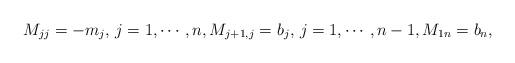
LaTeX: \begin{align*}M_{jj}=-m_j, \, j=1, \cdots, n, M_{j+1,j}=b_j, \, j=1, \cdots , n-1, M_{1n}=b_n,\end{align*}